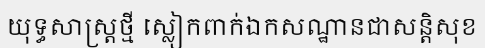
យុទ្ធសាស្ត្រថ្មី ស្លៀកពាក់ឯកសណ្ឋានជាសន្តិសុខ